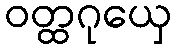
ဝတ္ထဂုယှေ